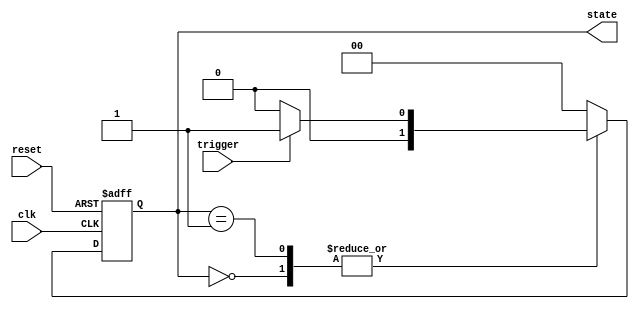
module state_machine (
    input wire clk,        // Clock input
    input wire reset,      // Asynchronous reset
    input wire trigger,    // Input signal to trigger state transition
    output reg [1:0] state // 2-bit state output
);

// State encoding
parameter STATE_A = 2'b00;
parameter STATE_B = 2'b01;

always @(posedge clk or posedge reset) begin
    if (reset) begin
        // Asynchronous reset to initial state
        state <= STATE_A;
    end else begin
        // Non-blocking assignments for state transitions
        case (state)
            STATE_A: begin
                if (trigger) begin
                    state <= STATE_B; // Transition to STATE_B
                end else begin
                    state <= STATE_A; // Remain in STATE_A
                end
            end
            STATE_B: begin
                if (~trigger) begin
                    state <= STATE_A; // Transition back to STATE_A
                end else begin
                    state <= STATE_B; // Remain in STATE_B
                end
            end
            default: state <= STATE_A; // Default case
        endcase
    end
end

endmodule